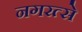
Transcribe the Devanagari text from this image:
नगरत्से